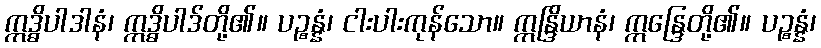
ဣဒ္ဓိပါဒါနံ၊ ဣဒ္ဓိပါဒ်တို့၏။ ပဉ္စန္နံ၊ ငါးပါးကုန်သော။ ဣန္ဒြိယာနံ၊ ဣန္ဒြေတို့၏။ ပဉ္စန္နံ၊